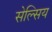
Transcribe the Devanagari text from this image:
सेल्सिय